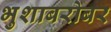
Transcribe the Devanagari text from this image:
भुशाबरोबर